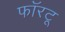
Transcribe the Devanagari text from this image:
फॉरटू